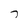
Character: 7